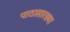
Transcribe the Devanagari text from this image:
पाठासारख्या